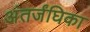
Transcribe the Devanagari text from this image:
अंतर्जंघिका